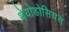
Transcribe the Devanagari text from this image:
थेयोडोसियस